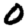
Digit: 0